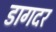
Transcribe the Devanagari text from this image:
डागदर